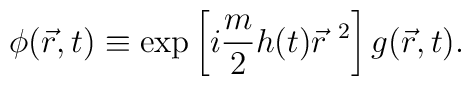
\phi (\vec r, t) \equiv    \exp \left[ i \frac{m}{2} h(t) {\vec r}^{\ 2} \right]    g (\vec r, t).